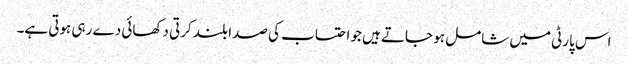
اس پارٹی میں شامل ہو جاتے ہیں جو احتساب کی صدا بلند کرتی دکھائی دے رہی ہوتی ہے۔